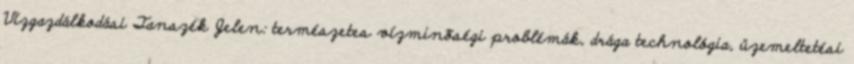
Vízgazdálkodási Tanszék Jelen: természetes vízminõségi problémák, drága technológia, üzemeltetési